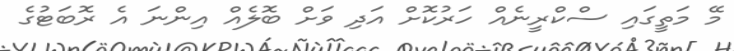
މޭ މަތީގައި ސްކްރީނެއް ހަރުކޮށް އަދި ވަށް ބޮލެއް އިންނަ އެ ރޮބަޓުގެ